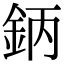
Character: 鈵